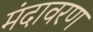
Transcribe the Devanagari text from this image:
मंदावरण